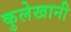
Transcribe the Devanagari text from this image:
कुलेखानी